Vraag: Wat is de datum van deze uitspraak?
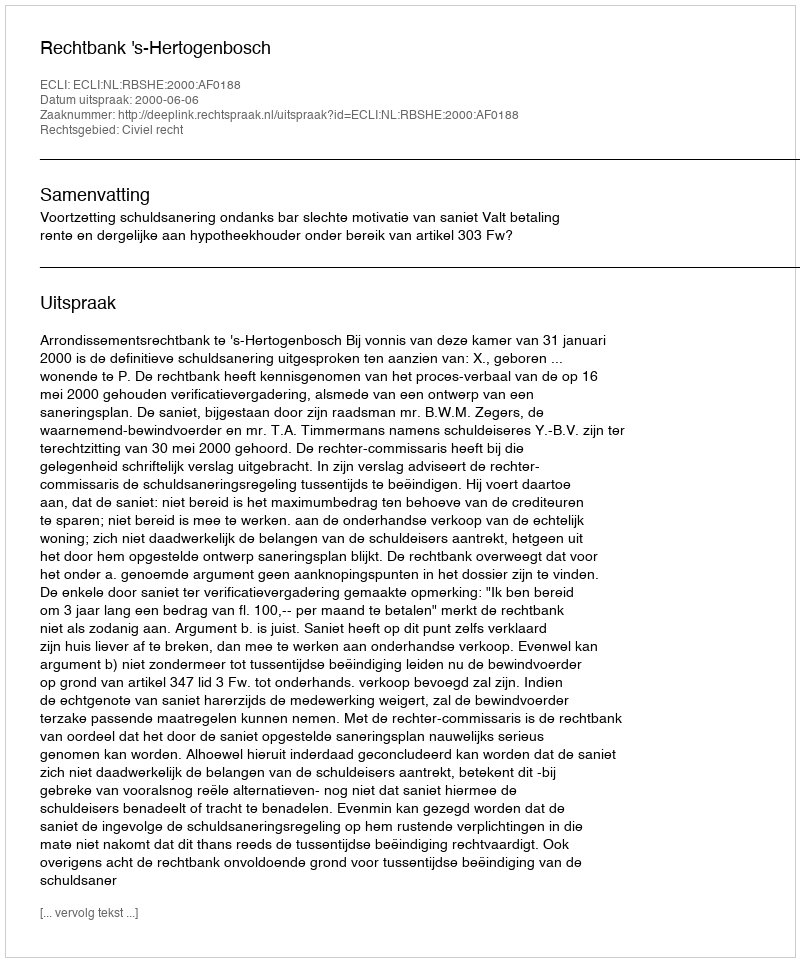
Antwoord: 2000-06-06